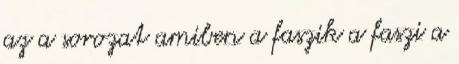
az a sorozat amiben a faszik a faszi a